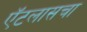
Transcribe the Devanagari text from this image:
ऍटलासचा